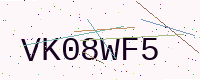
Text: VK08WF5